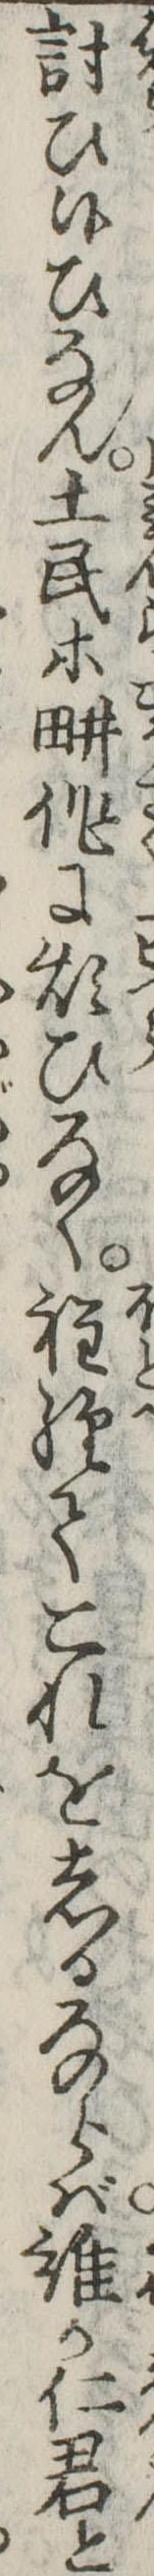
討ひ候ひなん土民等耕作に煩ひなく程経てこれをしるならば誰か仁君と